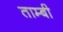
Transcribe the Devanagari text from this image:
ताम्बी